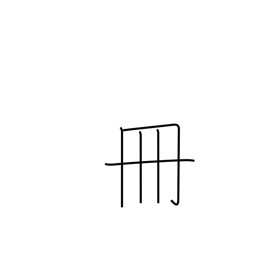
Meaning: volume